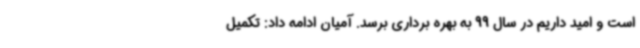
است و امید داریم در سال 99 به بهره برداری برسد. آمیان ادامه داد: تکمیل